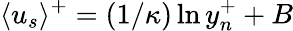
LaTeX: \langle u_{s}\rangle^{+}=(1/\kappa)\ln{y_{n}^{+}}+B